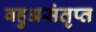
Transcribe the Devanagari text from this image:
वहुअसंतृप्त